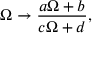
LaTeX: { \Omega \to { \frac { a \Omega + b } { c \Omega + d } } , }